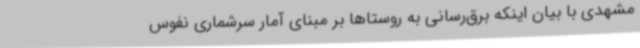
مشهدی با بیان اینکه برق‌رسانی به روستاها بر مبنای آمار سرشماری نفوس